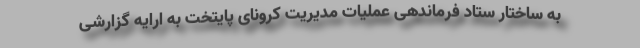
به ساختار ستاد فرماندهی عملیات مدیریت کرونای پایتخت به ارایه گزارشی